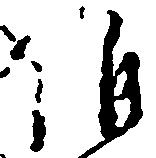
維